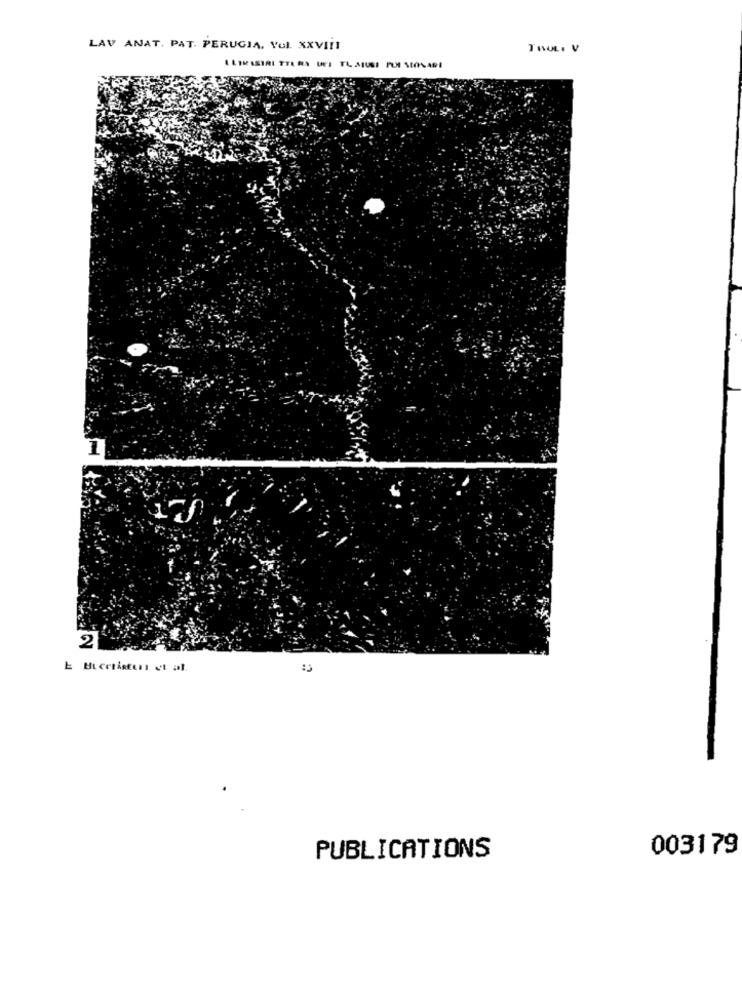
LAV ANAT. PAT. PERUGIA, VOL. XXVIII
TOOL: V
I LIMISIRI TTA RA UTI TL AIUSI FU SIONARI
1
2
003179
PUBLICATIONS